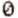
0